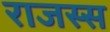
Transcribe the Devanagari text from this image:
राजस्स